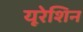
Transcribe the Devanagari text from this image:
यूरेशिन